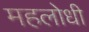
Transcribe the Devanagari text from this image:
महलोधी